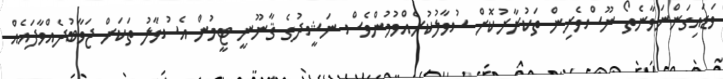
ވަޑައިގަންނަވާނެތޯ ނޫސްވެރިން ތަކުރާރުކޮށް ސުވާލުކުރެއްވުމުންވެސް ނަޝީދުގެ ޤާނޫނީ ޓީމުން އެސުވާލު ތަކަށް ޖަވާބުދެއްވާފައެއް